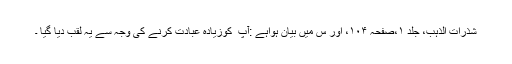
شذرات الذہب، جلد ۱،صفحہ ۱۰۴، اور س میں بیان ہواہے :آپ ؑ کوزیادہ عبادت کرنے کی وجہ سے یہ لقب دیا گیا ۔